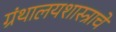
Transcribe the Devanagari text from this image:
ग्रंथालयशास्त्राचे